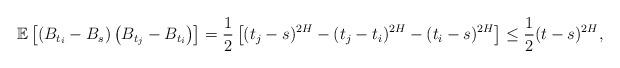
LaTeX: \begin{align*}\mathbb{E}\left[\left(B_{t_{i}}-B_{s}\right)\left(B_{t_{j}}-B_{t_{i}}\right)\right]=\frac{1}{2}\left[(t_{j}-s)^{2H}-(t_{j}-t_{i})^{2H}-(t_{i}-s)^{2H}\right]\leq\frac{1}{2}(t-s)^{2H},\end{align*}